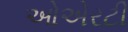
ઓએરટી